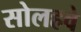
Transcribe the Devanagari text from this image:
सोलहवे